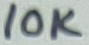
Text: 10K